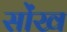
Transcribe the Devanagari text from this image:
सोंख